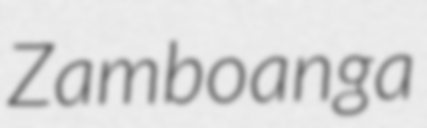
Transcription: Zamboanga